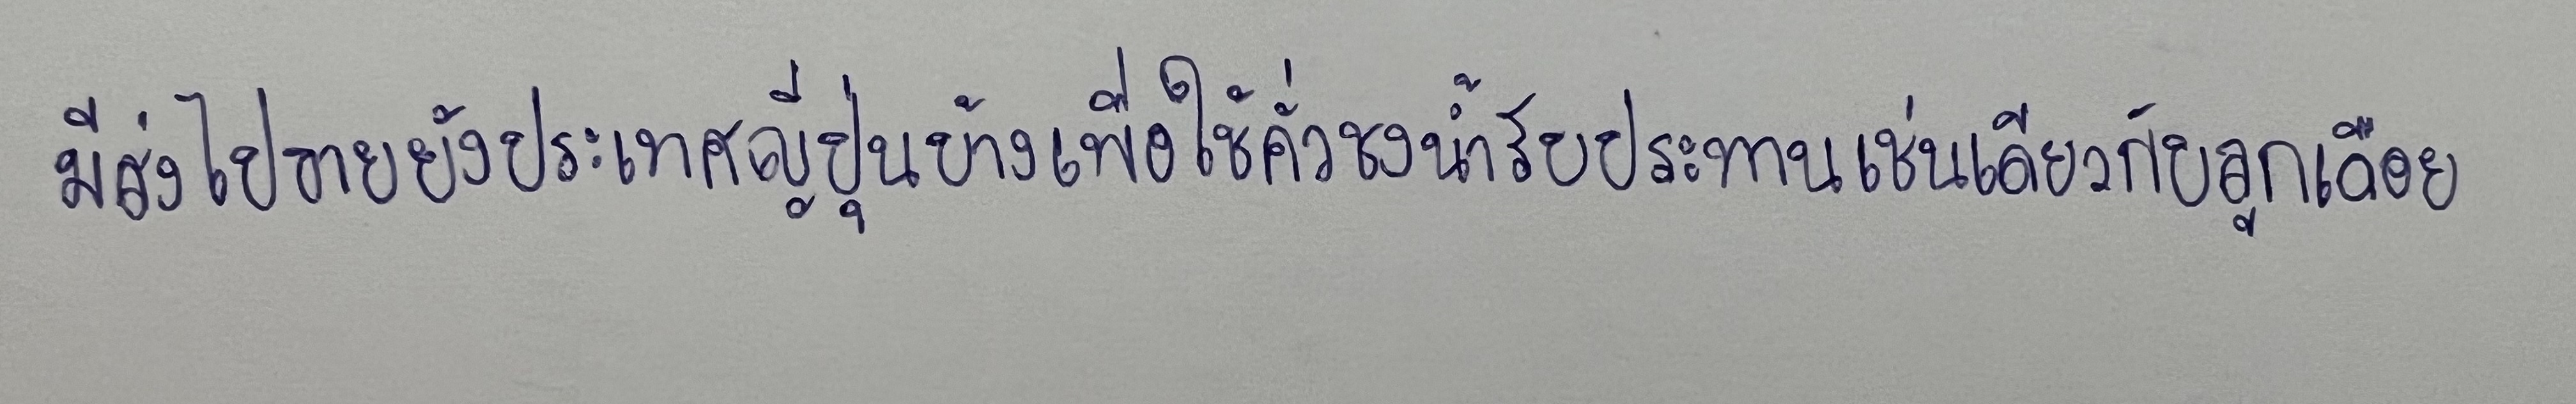
มีส่งไปขายยังประเทศญี่ปุ่นบ้างเพื่อใช้คั่วชงน้ำรับประทานเช่นเดียวกับลูกเดือย